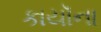
કાયૉના